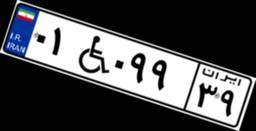
۰۱W۰۹۹۳۹